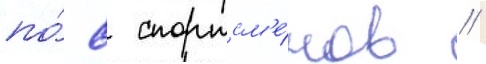
по́ 8 спортсм'е́нов /